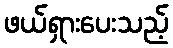
ဖယ်ရှားပေးသည့်